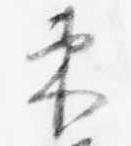
束